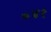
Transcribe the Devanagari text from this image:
०४१